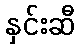
နှင်းဆီ